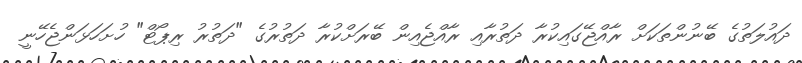
ދައުލަތުގެ ބޭނުންތަކަށް ރާއްޖޭގައިކުރާ ދަތުރާއި ރާއްޖެއިން ބޭރަށްކުރާ ދަތުރުގެ "ދަތުރު ރިޕޯޓް" ހުށަހަޅަންޖެހޭނީ